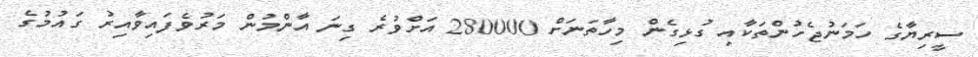
ސީރިޔާގެ ހަމަނުޖެހުންތަކާއި ގުޅިގެން މިހާތަނަށް 280000 އަށްވުރެ ގިނަ އާންމުން މަރުވެފައިވާއިރު ގައުމުގެ